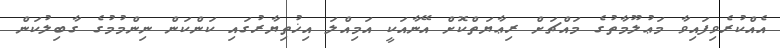
އެއްކުރެވިފައިވާ މަޢުލޫމާތުގެ މައްޗަށް ރިޢާޔަތްކޮށް އޭނާއަކީ އަމިއްލަ އިޚުތިޔާރުގައި ކަންކަން ނިންމުމުގެ ގާބިލުކަން